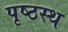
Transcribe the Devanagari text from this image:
पृष्ठस्थ